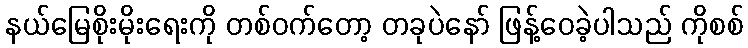
နယ်မြေစိုးမိုးရေးကို တစ်ဝက်တော့ တခုပဲနော် ဖြန့်ဝေခဲ့ပါသည် ကိုစစ်